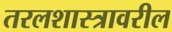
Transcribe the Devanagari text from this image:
तरलशास्त्रावरील